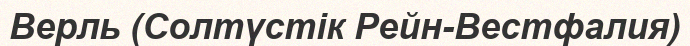
Верль (Солтүстік Рейн-Вестфалия)